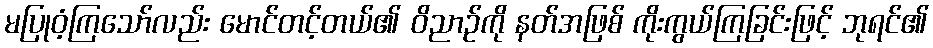
မပြုဝံ့ကြသော်လည်း မောင်တင့်တယ်၏ ဝိညာဉ်ကို နတ်အဖြစ် ကိုးကွယ်ကြခြင်းဖြင့် ဘုရင်၏